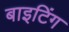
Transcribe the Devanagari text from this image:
बाइटिंग